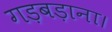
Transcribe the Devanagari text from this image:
गड़बड़ाना।